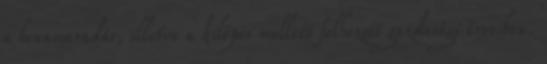
a bennmaradás, illetve a kilépés mellett felhozott gazdasági érveiben.